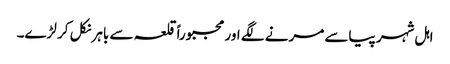
اہل شہر پیاسے مرنے لگے اور مجبوراً قلعہ سے باہر نکل کر لڑے۔